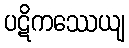
ပဋိကဿေယျ